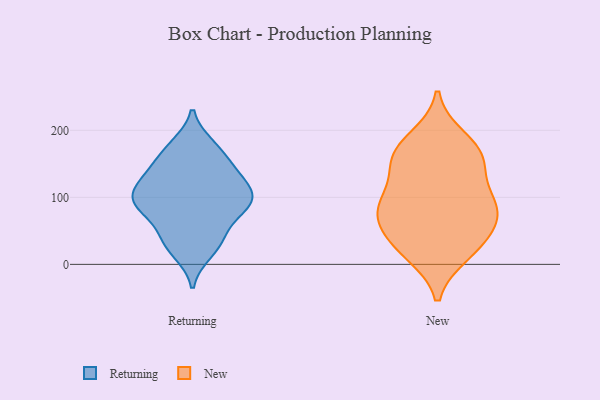
{"axis": {"x": "Website Visitors", "y": "Value"}, "legend": ["New", "Returning"], "data": [{"x": "", "y": 81, "type": "Returning"}, {"x": "", "y": 92, "type": "Returning"}, {"x": "", "y": 98, "type": "Returning"}, {"x": "", "y": 143, "type": "Returning"}, {"x": "", "y": 38, "type": "Returning"}, {"x": "", "y": 169, "type": "Returning"}, {"x": "", "y": 106, "type": "Returning"}, {"x": "", "y": 136, "type": "Returning"}, {"x": "", "y": 126, "type": "Returning"}, {"x": "", "y": 18, "type": "Returning"}, {"x": "", "y": 102, "type": "Returning"}, {"x": "", "y": 40, "type": "Returning"}, {"x": "", "y": 177, "type": "Returning"}, {"x": "", "y": 79, "type": "Returning"}, {"x": "", "y": 144, "type": "New"}, {"x": "", "y": 90, "type": "New"}, {"x": "", "y": 93, "type": "New"}, {"x": "", "y": 163, "type": "New"}, {"x": "", "y": 25, "type": "New"}, {"x": "", "y": 91, "type": "New"}, {"x": "", "y": 79, "type": "New"}, {"x": "", "y": 187, "type": "New"}, {"x": "", "y": 75, "type": "New"}, {"x": "", "y": 156, "type": "New"}, {"x": "", "y": 166, "type": "New"}, {"x": "", "y": 17, "type": "New"}, {"x": "", "y": 31, "type": "New"}, {"x": "", "y": 53, "type": "New"}]}